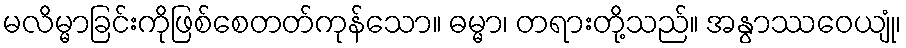
မလိမ္မာခြင်းကိုဖြစ်စေတတ်ကုန်သော။ ဓမ္မာ၊ တရားတို့သည်။ အနွာဿဝေယျုံ၊